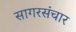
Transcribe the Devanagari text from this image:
सागरसंचार